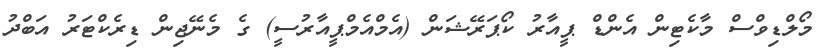
މޯލްޑިވްސް މާކެޓިން އެންޑް ޕީއާރު ކޯޕަރޭޝަން (އެމްއެމްޕީއާރުސީ) ގެ މެނޭޖިން ޑިރެކްޓަރު އަބްދު